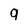
Character: q